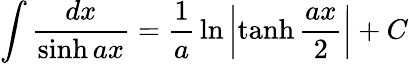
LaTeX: \int{\frac{dx}{\sinh ax}}={\frac{1}{a}}\ln\left|\operatorname{tanh}{\frac{ax}{2}}\right|+C